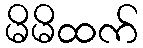
မိမိထက်